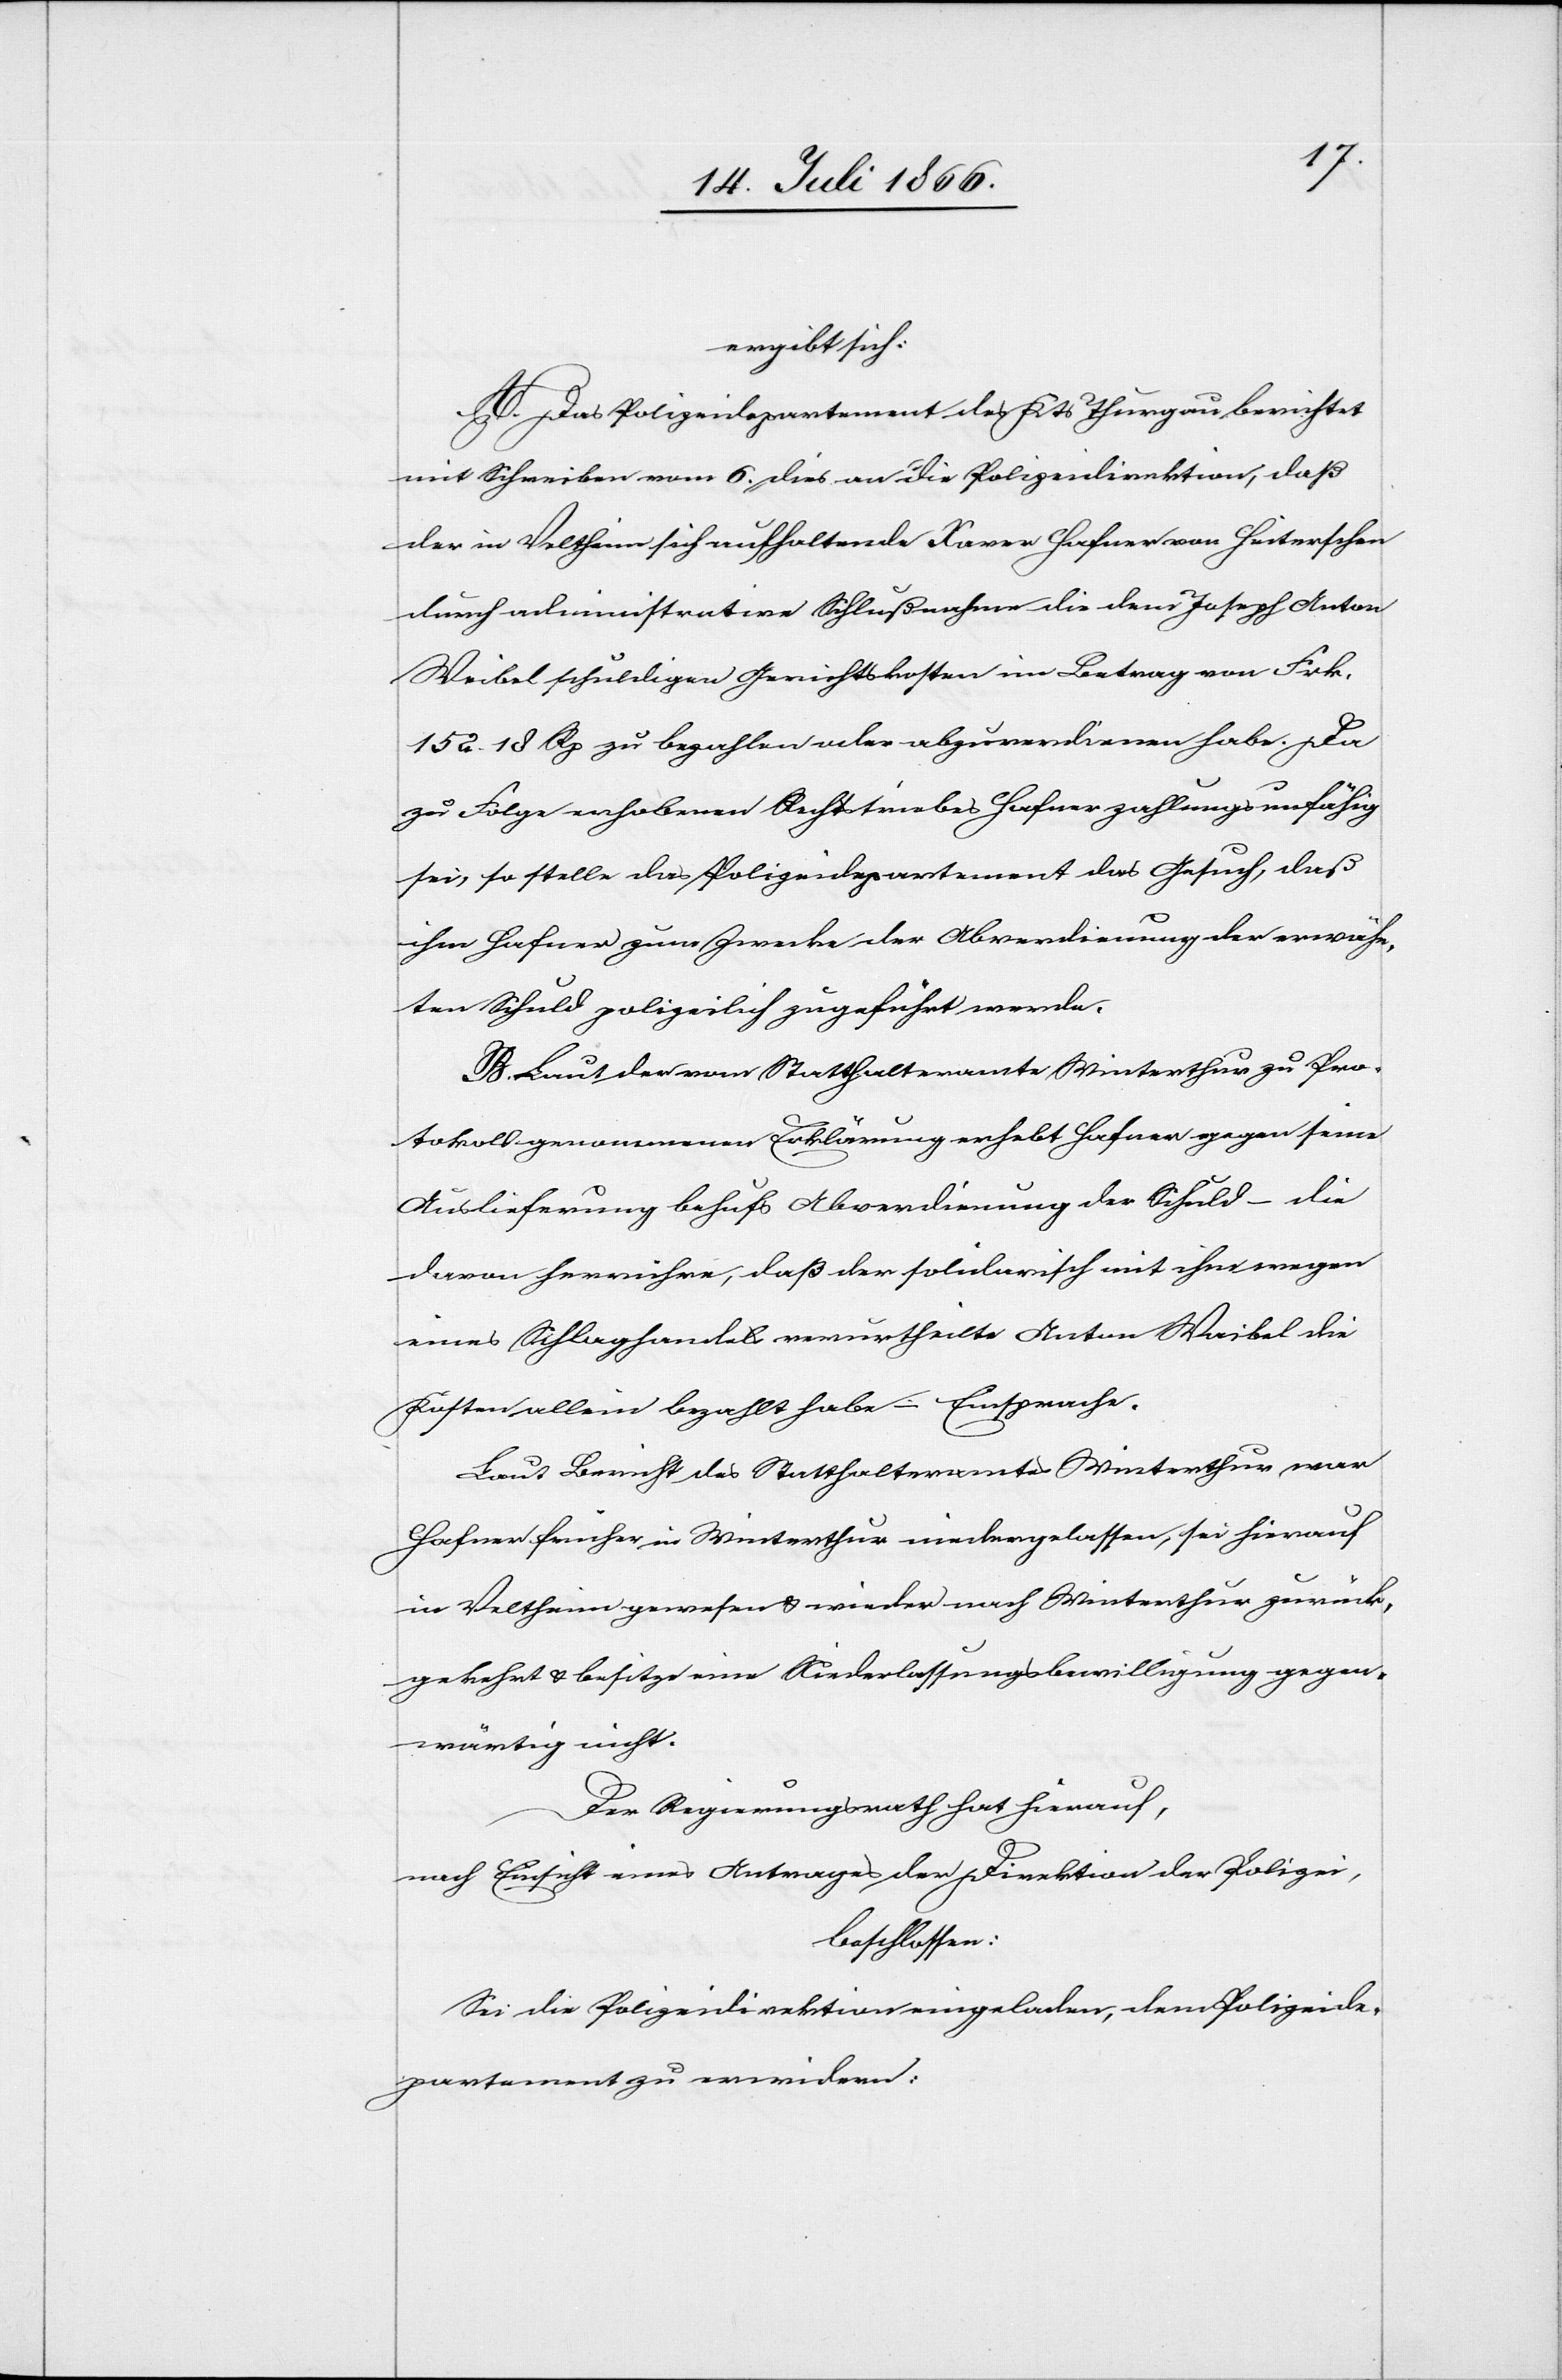
ergibt sich:
A. Das Polizeidepartement des Kts. Thurgau berichtet
mit Schreiben vom 6. dies an die Polizeidirektion, daß
der in Veltheim sich aufhaltende Xaver Hafner von Heiterschen
durch administrative Schlußnahme die dem Joseph Anton
Weibel schuldigen Gerichtskosten im Betrag von Fr.
152.18 Rp. zu bezahlen oder abzuverdienen habe. Da
zu Folge erhobener Rechtstriebe Hafner zahlungsunfähig
sei, so stelle das Polizeidepartement das Gesuch, daß
ihm Hafner zum Zwecke der Abverdienung der erwähn¬
ten Schuld polizeilich zugeführt werde.
B. Laut der vom Statthalteramte Winterthur zu Pro¬
tokoll genommenen Erklärung erhebt Hafner gegen seine
Auslieferung behufs Abverdienung der Schuld – die
daran herrühre, daß der solidarisch mit ihm wegen
eines Schlaghandels verurtheilte Anton Waibel
Kosten allein bezahlt habe – Einsprache.
Laut Bericht des Statthalteramtes Winterthur war
Hafner früher in Winterthur niedergelassen, sei hierauf
in Veltheim gewesen u. wieder nach Winterthur zurück¬
gekehrt u. besitze eine Niederlassungsbewilligung gegen¬
wärtig nicht.
Der Regierungsrath hat hierauf,
nach Einsicht eines Antrages der Direktion der Polizei,
beschlossen:
Sei die Polizeidirektion eingeladen, dem Polizeide¬
partemente zu erwiedern: